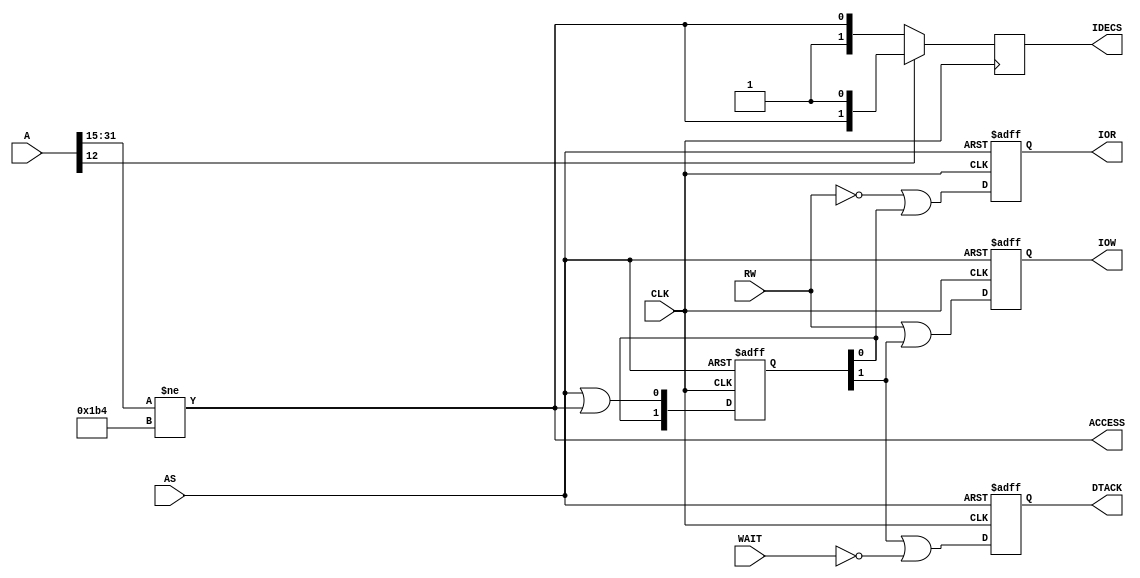
`timescale 1ns / 1ps
/*
    Copyright (C) 2016-2017, Stephen J. Leary
    All rights reserved.
    
    This file is part of  TF330/TF120 (Terrible Fire 030 Accelerator).
 
	Attribution-NoDerivs 3.0 Unported

		CREATIVE COMMONS CORPORATION IS NOT A LAW FIRM AND DOES NOT PROVIDE
		LEGAL SERVICES. DISTRIBUTION OF THIS LICENSE DOES NOT CREATE AN
		ATTORNEY-CLIENT RELATIONSHIP. CREATIVE COMMONS PROVIDES THIS
		INFORMATION ON AN "AS-IS" BASIS. CREATIVE COMMONS MAKES NO WARRANTIES
		REGARDING THE INFORMATION PROVIDED, AND DISCLAIMS LIABILITY FOR
		DAMAGES RESULTING FROM ITS USE.

*/

module ata (
           input         CLK,
           input         AS,
           input         RW,
           input [31:0]  A,
           input         WAIT,

           output [1:0] IDECS,
           output        IOR,
           output        IOW,
           output        DTACK,
           output        ACCESS
       );

/* Timing Diagram
                 S0 S1 S2 S3 S4 S5  W  W S6 S7
     __    __    __    __    __    __    __    __    __    __    __    __   
CLK |  |__|  |__|  |__|  |__|  |__|  |__|  |__|  |__|  |__|  |__|  |__|  |__
     _________________                         _____________________________
AS                    \\\_____________________/
    _______________                            _____________________________
CS                 \__________________________/
    ______________________                     _____________________________
IOR                       \___________________/
    _____________________________        ___________________________________
IOW                              \______/
    _____________________________        ___________________________________
DTACK                            \______/     
    _________________________       ________________________________________
WAIT                         \_____/
        
*/

`ifndef A1200
wire GAYLE_IDE = ({A[31:15]} != {16'h00DA,1'b0});
`else
wire GAYLE_IDE = ({A[31:14]} != {16'h00DA,2'b01});
`endif

reg [7:0] ASDLY = 8'hff;
reg DTACK_INT = 1'b1;

reg IOR_INT = 1'b1;
reg IOW_INT = 1'b1;

always @(posedge CLK or posedge AS) begin

    if (AS == 1'b1) begin

        ASDLY <= 8'hff;

    end else begin

        ASDLY <= {ASDLY[6:0], AS | (GAYLE_IDE)};

    end

end

always @(negedge CLK or posedge AS) begin

    if (AS == 1'b1) begin

        IOR_INT <= 1'b1;
        IOW_INT <= 1'b1;
        DTACK_INT <= 1'b1;

    end else begin

        IOR_INT <= ~RW | ASDLY[0];
        IOW_INT <=  RW | ASDLY[1];
        DTACK_INT <=  ASDLY[1] | ~WAIT;

    end

end

reg [1:0] IDECS_INT;
reg RTC_CS_INT;
reg SPARE_CS_INT;

always @(posedge CLK) begin 

    IDECS_INT <= A[12] ? {GAYLE_IDE, 1'b1} : {1'b1, GAYLE_IDE};

end 

assign IOR = IOR_INT;
assign IOW = IOW_INT;
assign DTACK = DTACK_INT;
assign IDECS = IDECS_INT;
assign ACCESS = GAYLE_IDE;

endmodule